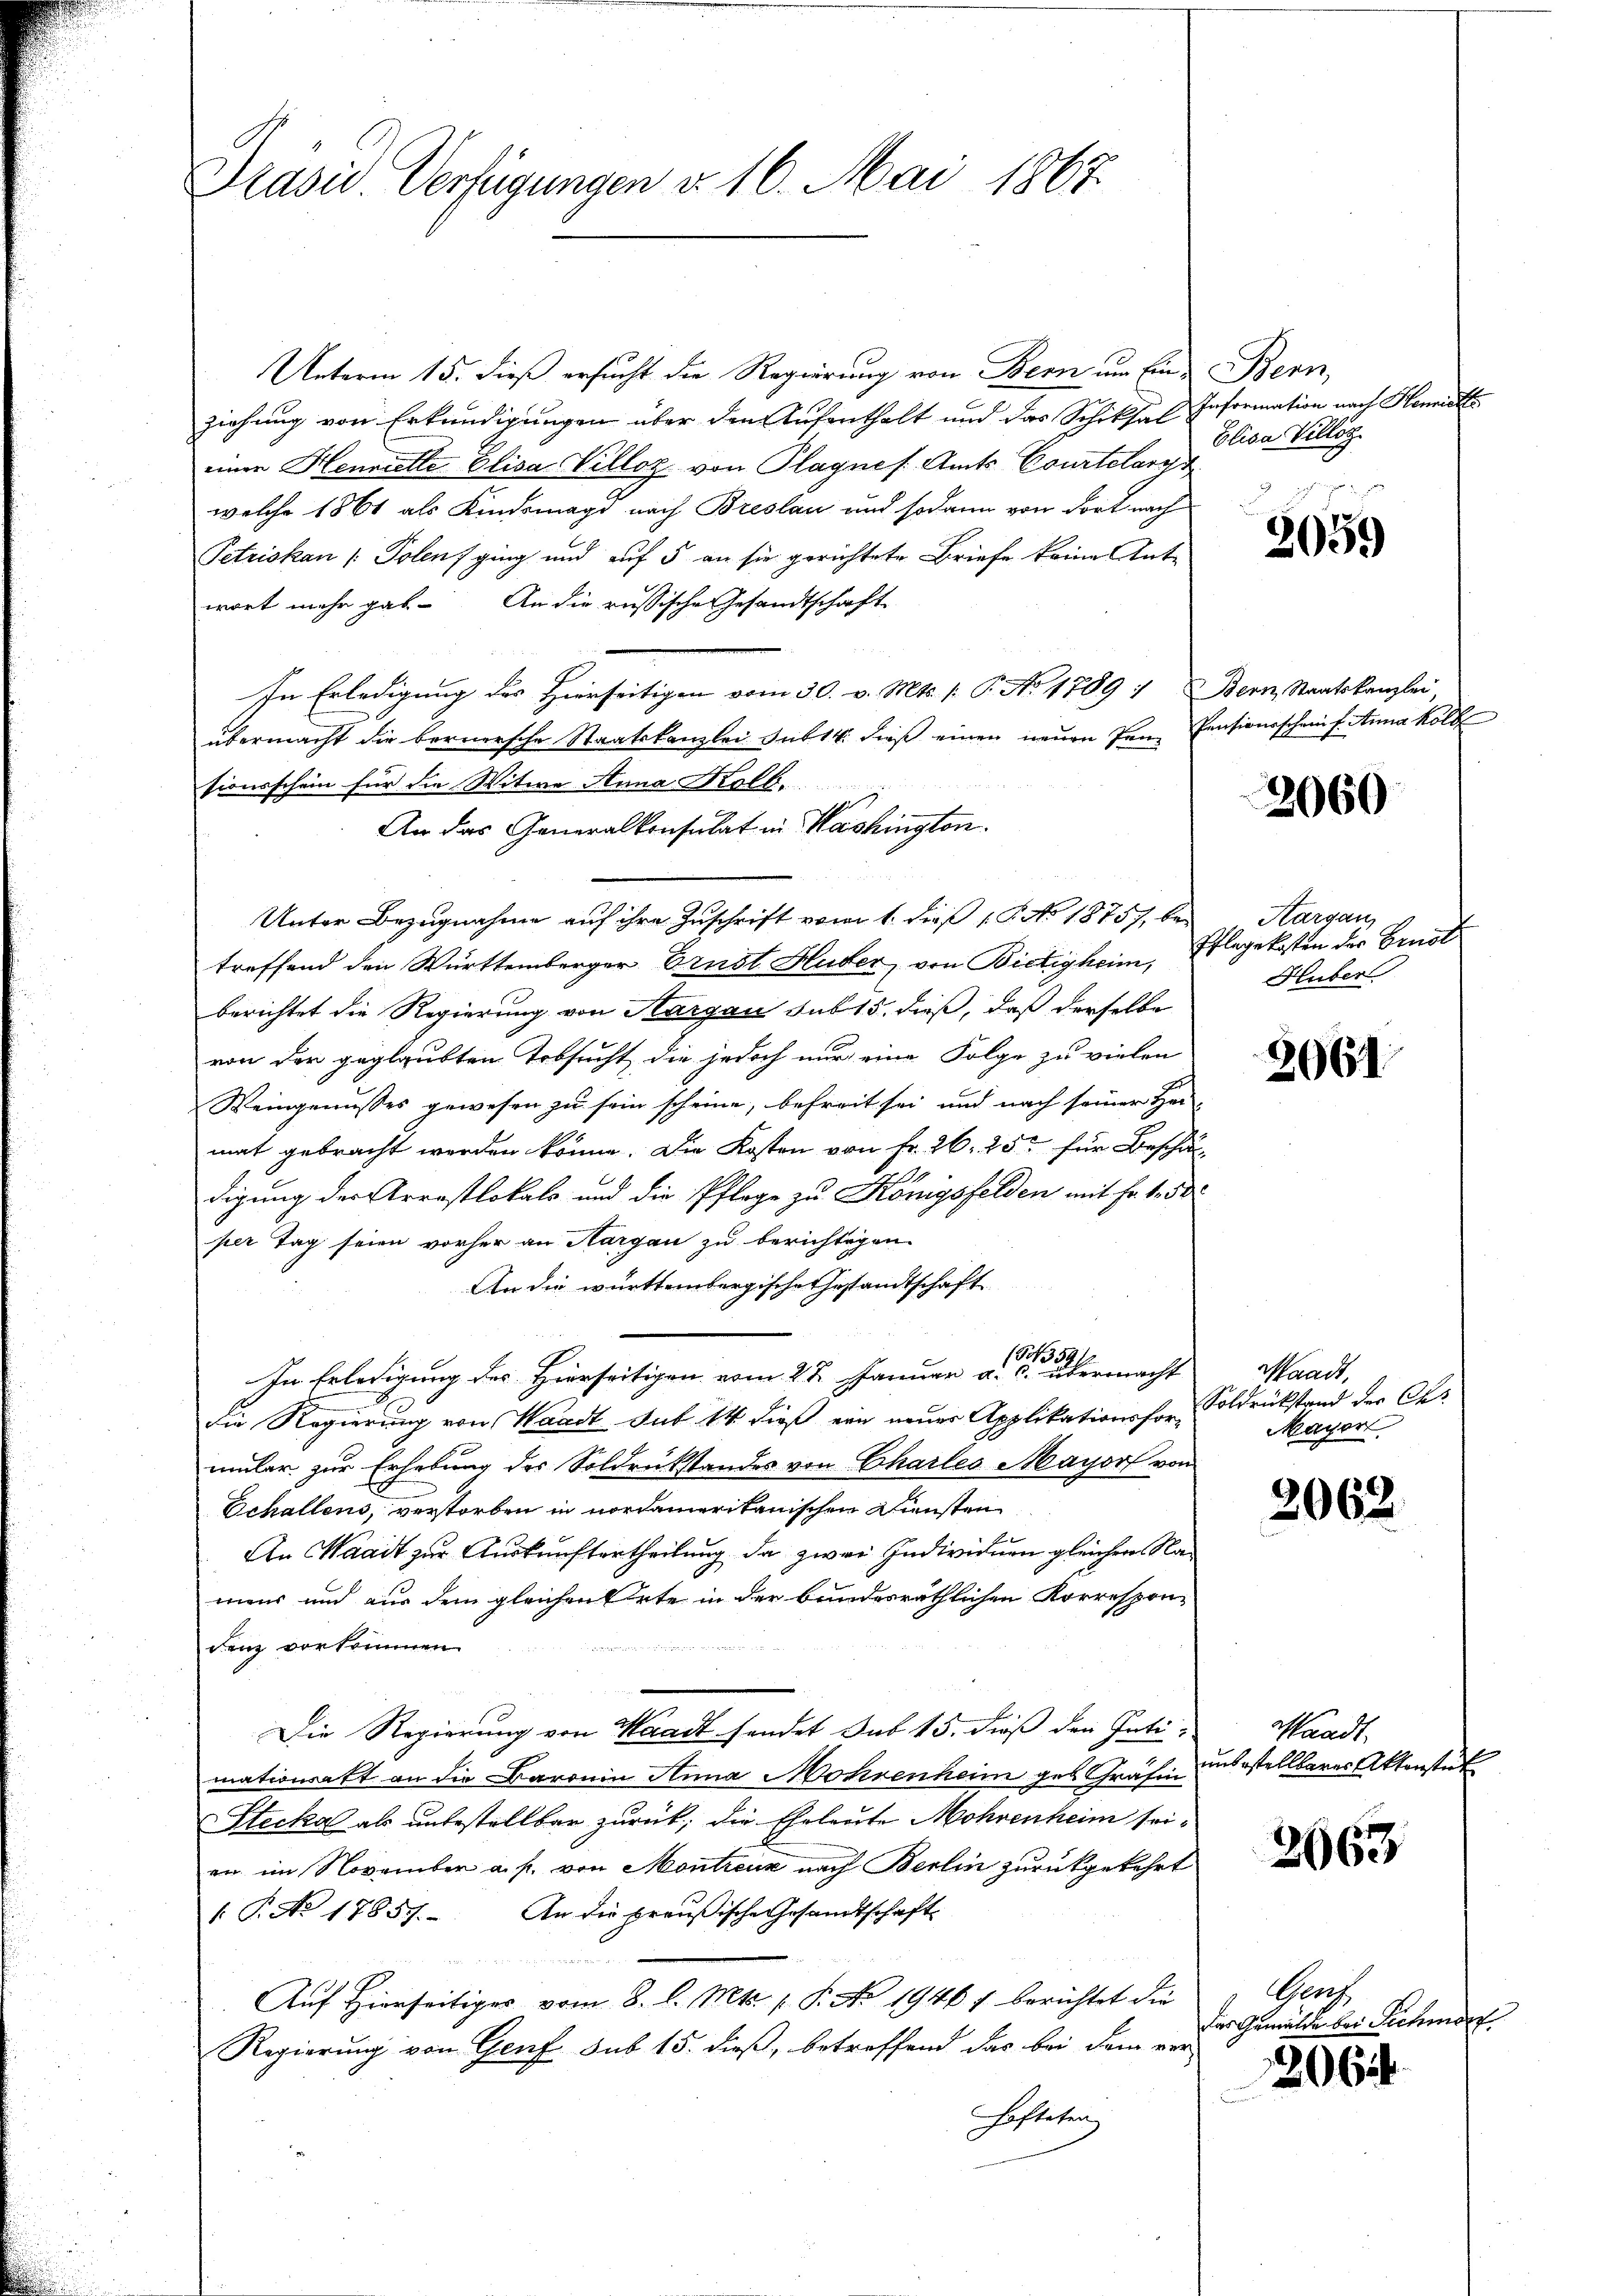
Prasid. Verfügungen v. 16. Mai 1867.

Unterm 15. dieß ersucht die Regierung von Bern um Ein Bern,
ziehung von Erkundigungen über den Aufenthalt und das Schiksal Information nach Henriette
einen Hennelle Elisa Villoz von Plagnes Amts Courtelary
welche 1861 als Kindsmagd nach Breslau und sodann von dort nach
Petriskau / Polenf ging und auf 5 an sie gerichtete Briefe keine Ante
wort mehr gab. An die russische Gesandtschaft
In Erledigung des Hierseitigen vom 30. v. Mts. [ P. Ao 1789 : Bern, Staatskanzlei
übermacht die bernersche Staatskanzlei sub 14. dieβ einen neŭen den Pensionsschein f. Anna Koll
sionsschein für die Witwe Anna Kolb.
An das Generalkonsulat in Washington.
Unter Bezugnahme auf ihre Zuschrift vom 1. dieß P. No 18757, betreffend den Württemberger Brust Huber, von Bietigheim, Pflegekosten der Brust
berichtet die Regierung von Aargau sub 15. dieß, daß derselbe
von der geglaubten Tobsucht, die jedoch nur eine Folge zu vielen
Weingenusses gewesen zu sein scheine, befreit sei und nach seiner Hei-
mat gebracht werden könne. Die Kosten von Fr. 26. 25. für Beschädigung der Arrestlokals und die Pflege zu Königsfelden mit Fr. 188
per Tag seien vorher an Hargau zu berichtigen.
An die württembergische Gestandtschaft
In Erledigung des Hierseitigen vom 28. Januar a. a. übermacht
die Regierung von Waadt sub 14 dieß ein neuer Applikationsfor, Soldrückstand der Ces
müler zur Erhebung des Soldrükstandes von Charles Mayorf von
Echallens, verstorben in nordamerikanischen Kunsten
An Waadt zur Auskunftertheilung da zwei Individuen gleicher Namens und aus dem gleichen Orte in der bundesräthlichen Korrespon-
eten stehende de
denz vorkommen.
Die Regierung von Waadt sondet sub 15. dieß den Inti-
mationsatt an die Baronin Anna Mohrenheim geb. Gräfin
Stecka als unbestellbar zurück; die Eheleute Mohrenheim seien im November a. p. von Montreux nach Berlin zurückgekehrt
/. P. No 17857. An die preußische Gesandtschaft
Aŭf Hierseitiger vom 8. d. Mts. 1. P. No 1946 f. berichtet die
Regierung von Genf sub 15. dieß, betreffend das bei dem ver
Fasteten,

Elisa Villig

2059

2060

Hargau,
Huber

2061

Waadt,
Mayer

2062.

wandt.
unkostellbares Aktenstück

2063

Gers
Das Gemälde bei Schmerz

206.

.